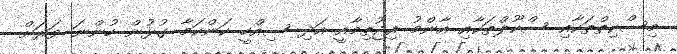
މިސްކިތްތަކާއި ސްކޫލްތަކާއި އާންމު އިޖުތިމާއީ އަދި ސިއްހީ ކަންކަމާ ގުޅުން ހުންނަ ވަރަށް